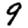
Digit: 9